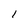
Character: l